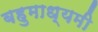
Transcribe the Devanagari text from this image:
बहुमाध्यमी